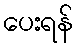
ပေးရန်